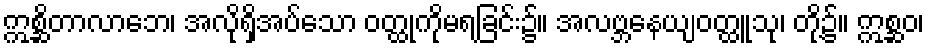
ဣစ္ဆိတာလာဘေ၊ အလိုရှိအပ်သော ဝတ္ထုကိုမရခြင်း၌။ အလဗ္ဘနေယျဝတ္ထူသု၊ တို့၌။ ဣစ္ဆဝ၊